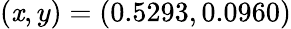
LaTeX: (\mathit{x},y)=(0.5293,0.0960)